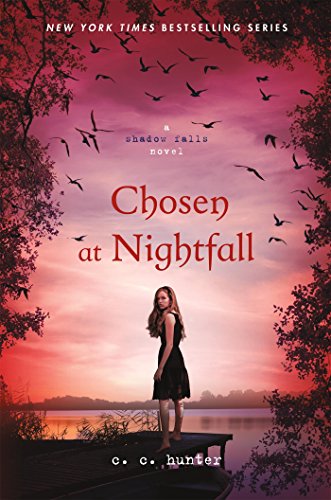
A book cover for Chosen at Nightfall (A Shadow Falls Novel); C. C. Hunter; Teen & Young Adult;